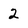
Character: 2